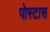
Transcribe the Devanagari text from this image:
पोस्टास